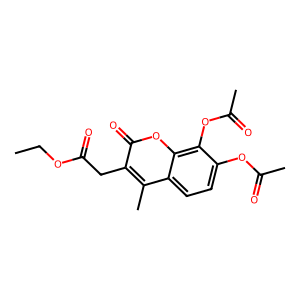
SMILES: CCOC(=O)Cc1c(C)c2ccc(OC(C)=O)c(OC(C)=O)c2oc1=O
Inhibits HIV replication: No